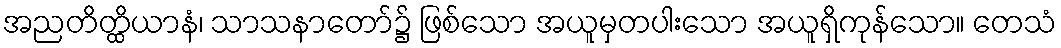
အညတိတ္ထိယာနံ၊ သာသနာတော်၌ ဖြစ်သော အယူမှတပါးသော အယူရှိကုန်သော။ တေသံ